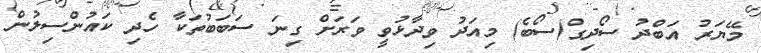
މޭޔަރު އަބްދު ސޯދިގް(ސޯބެ) މިއަދު ވިދާޅުވީ ވަރަށް ގިނަ ސަބަބުތަކާ ހެދި ކައުންސިލުން